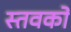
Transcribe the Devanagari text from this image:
स्तवकों